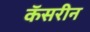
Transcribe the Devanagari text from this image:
कॅसरीन